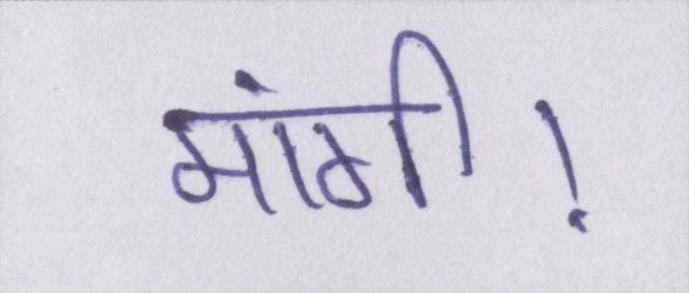
मांगी।